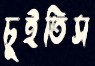
চুইতিস